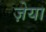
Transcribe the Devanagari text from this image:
ज़ेया